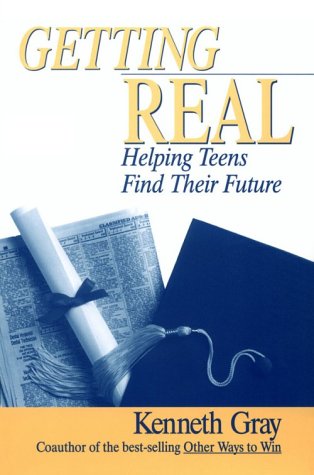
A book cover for Getting Real: Helping Teens Find Their Future; Kenneth Carter Gray; Business & Money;